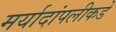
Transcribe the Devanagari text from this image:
मर्यादांपलीकडे